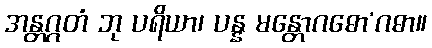
အန္တဂ္ဂတံ ဘု ပရိယာ၊ ပန္န မန္တောဂဓော’ဂဓာ။